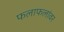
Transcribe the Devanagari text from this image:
फलाफलांवर